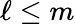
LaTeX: \ell\le m